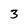
Character: 3